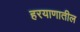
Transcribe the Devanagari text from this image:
हरयाणातील